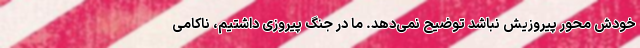
خودش محور پیروزیش نباشد توضیح نمی‌دهد. ما در جنگ پیروزی داشتیم، ناکامی